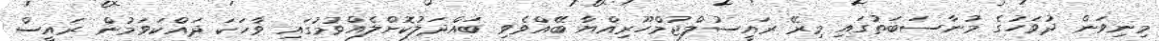
މިނިވަން ދުވަހުގެ މުނާސަބަތުގައި މިރޭ ރައީސުލްޖުމްހޫރިއްޔާ ބޭއްވެވި ބައްދަލުކޮށްލެއްވުމުގައި ވާހަކަ ދައްކަވަމުން ރައީސް